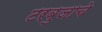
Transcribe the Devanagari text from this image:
टरबुजाचे